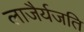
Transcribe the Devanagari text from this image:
लाजैर्यजति